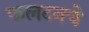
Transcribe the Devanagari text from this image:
फलटनचे